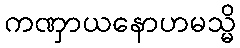
ကဏှာယနောဟမသ္မိ